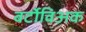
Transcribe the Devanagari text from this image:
बर्टोविअक